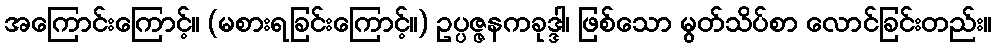
အကြောင်းကြောင့်။ (မစားရခြင်းကြောင့်။) ဥပ္ပဇ္ဇနကခုဒ္ဒါ၊ ဖြစ်သော မွတ်သိပ်စာ လောင်ခြင်းတည်း။